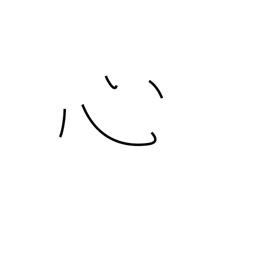
Meaning: heart radical (no. 61)